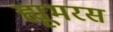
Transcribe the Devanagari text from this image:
ह्यूमरस